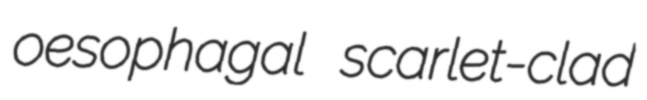
oesophagal scarlet-clad